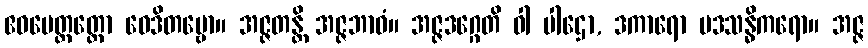
ဧဝမေတ္ထတ္ထော ဝေဒိတဗ္ဗော။ အဇ္ဇတန္တိ အဇ္ဇဘာဝံ။ အဇ္ဇဒဂ္ဂေတိ ဝါ ပါဌော, ဒကာရော ပဒသန္ဓိကရော။ အဇ္ဇ